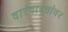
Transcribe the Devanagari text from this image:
वारंवारतांवर